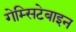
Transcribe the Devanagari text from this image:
गेम्सिटेबाइन